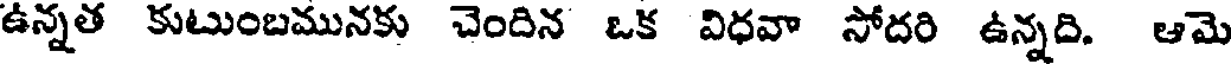
ఉన్నత కుటుంబమునకు చెందిన ఒక విధవా సోదరి ఉన్నది. ఆమె